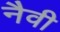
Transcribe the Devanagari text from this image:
नैवी